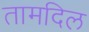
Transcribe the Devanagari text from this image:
तामदिल